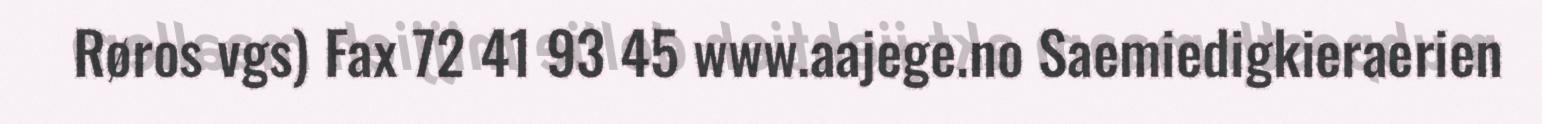
Røros vgs) Fax 72 41 93 45 www.aajege.no Saemiedigkieraerien